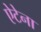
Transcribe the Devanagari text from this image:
ऐटेना